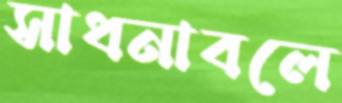
সাধনাবলে